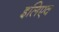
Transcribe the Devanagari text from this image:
इलिएव